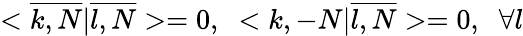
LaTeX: <\overline{{{k,N}}}|\overline{{{l,N}}}>=0,\; \; <k,-N|\overline{{{l,N}}}>=0,\; \; \forall l